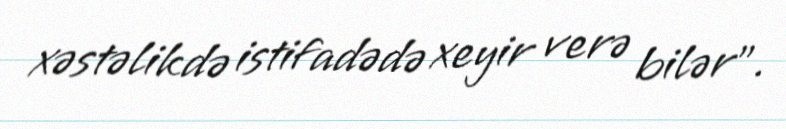
xəstəlikdə istifadədə xeyir verə bilər”.